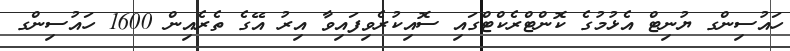
ހައުސިންގ ޔުނިޓް އެޅުމުގެ ކޮންޓްރެކްޓްގައި ސޮއިކުރެވިފައިވާ އިރު އޭގެ ތެރެއިން 1600 ހައުސިންގ